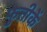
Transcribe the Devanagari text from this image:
फुतीकें